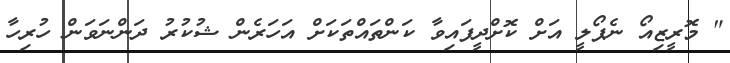
" މޮރީޒިއޯ ނެޕޯލީ އަށް ކޮށްދީފައިވާ ކަންތައްތަކަށް އަހަރެން ޝުކުރު ދަންނަވަން ހުރިހާ